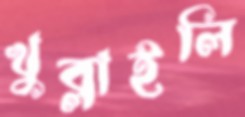
খুব্‌লাইলি